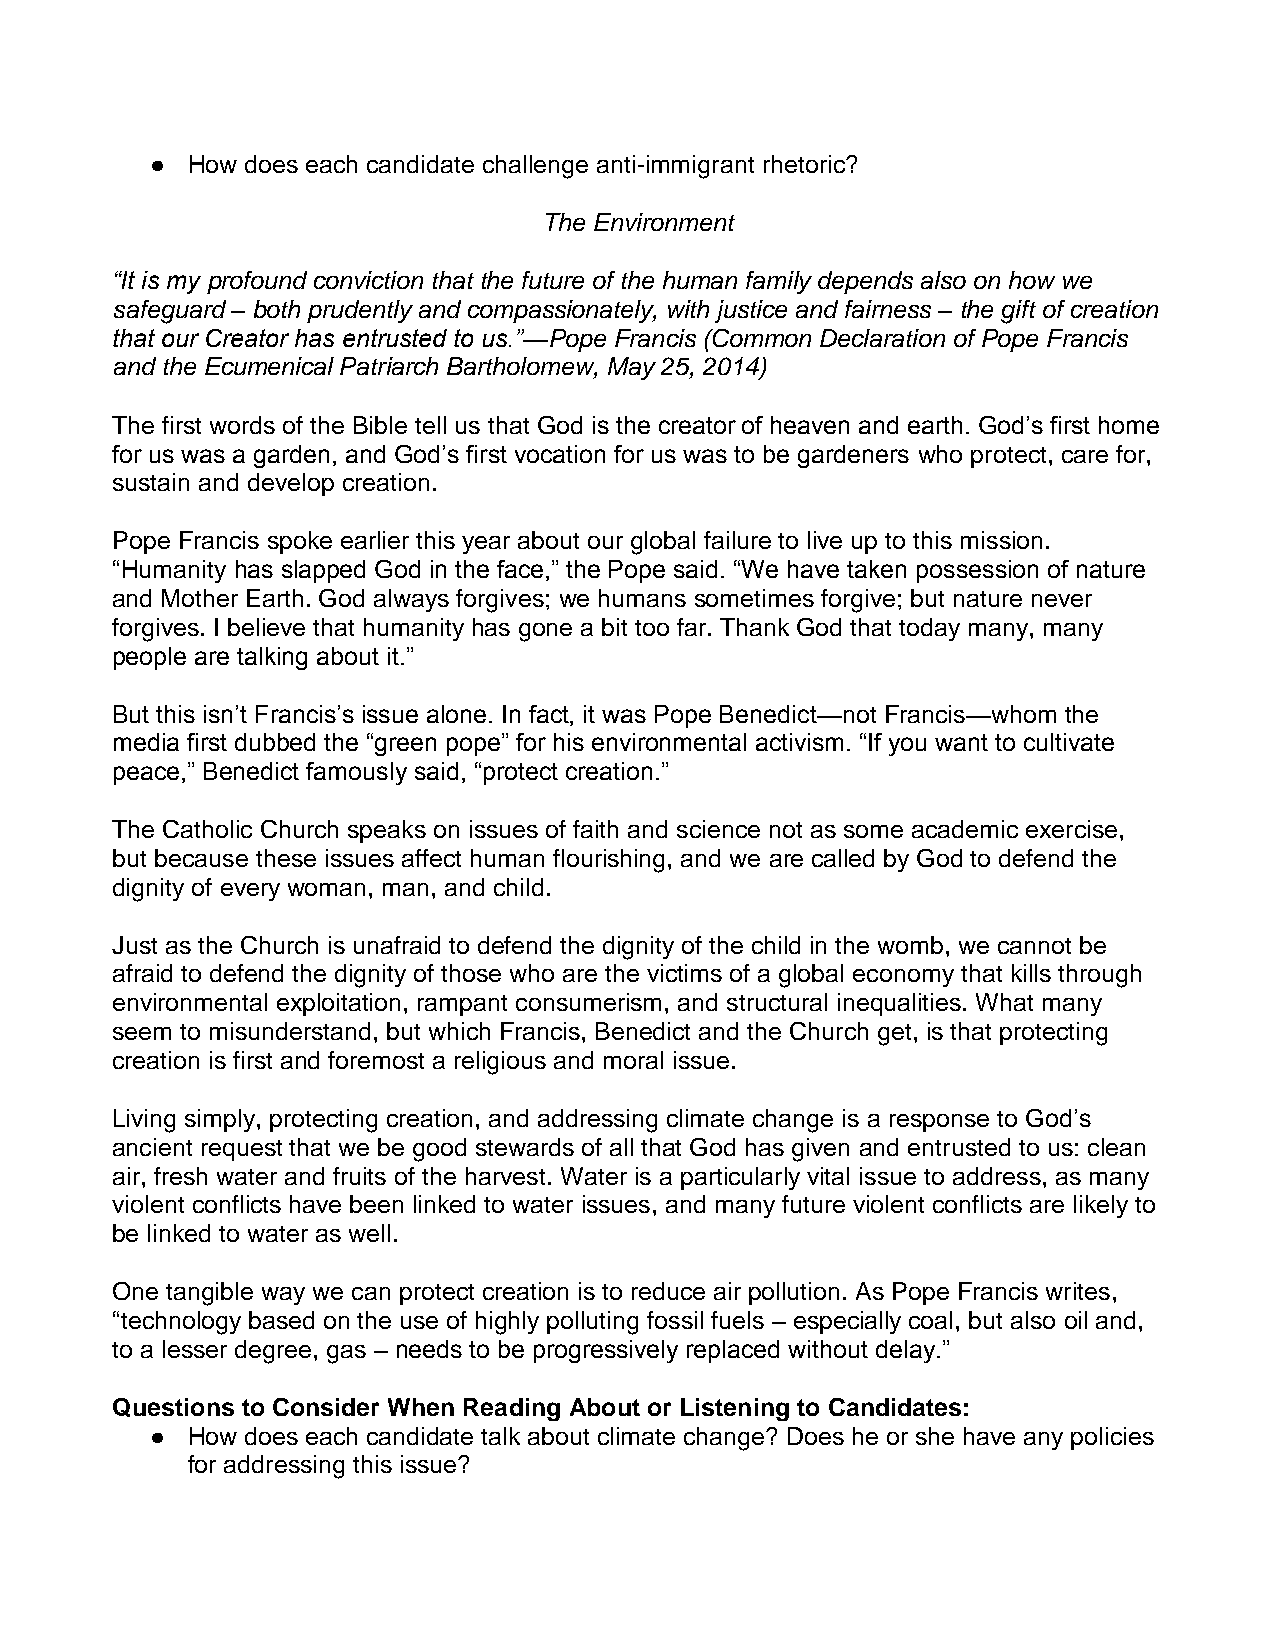
● How does each candidate challenge anti-immigrant rhetoric?
 The Environment
 “It is my profound conviction that the future of the human family depends also on how we
 safeguard – both prudently and compassionately, with justice and fairness – the gift of creation
 that our Creator has entrusted to us.”—Pope Francis (Common Declaration of Pope Francis
 and the Ecumenical Patriarch Bartholomew, May 25, 2014)
 The first words of the Bible tell us that God is the creator of heaven and earth. God’s first home
 for us was a garden, and God’s first vocation for us was to be gardeners who protect, care for,
 sustain and develop creation.
 Pope Francis spoke earlier this year about our global failure to live up to this mission.
 “Humanity has slapped God in the face,” the Pope said. “We have taken possession of nature
 and Mother Earth. God always forgives; we humans sometimes forgive; but nature never
 forgives. I believe that humanity has gone a bit too far. Thank God that today many, many
 people are talking about it.”
 But this isn’t Francis’s issue alone. In fact, it was Pope Benedict—not Francis—whom the
 media first dubbed the “green pope” for his environmental activism. “If you want to cultivate
 peace,” Benedict famously said, “protect creation.”
 The Catholic Church speaks on issues of faith and science not as some academic exercise,
 but because these issues affect human flourishing, and we are called by God to defend the
 dignity of every woman, man, and child.
 Just as the Church is unafraid to defend the dignity of the child in the womb, we cannot be
 afraid to defend the dignity of those who are the victims of a global economy that kills through
 environmental exploitation, rampant consumerism, and structural inequalities. What many
 seem to misunderstand, but which Francis, Benedict and the Church get, is that protecting
 creation is first and foremost a religious and moral issue.
 Living simply, protecting creation, and addressing climate change is a response to God’s
 ancient request that we be good stewards of all that God has given and entrusted to us: clean
 air, fresh water and fruits of the harvest. Water is a particularly vital issue to address, as many
 violent conflicts have been linked to water issues, and many future violent conflicts are likely to
 be linked to water as well.
 One tangible way we can protect creation is to reduce air pollution. As Pope Francis writes,
 “technology based on the use of highly polluting fossil fuels – especially coal, but also oil and,
 to a lesser degree, gas – needs to be progressively replaced without delay.”
 Questions to Consider When Reading About or Listening to Candidates:
 ● How does each candidate talk about climate change? Does he or she have any policies
 for addressing this issue?